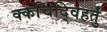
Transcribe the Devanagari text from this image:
क्कचिद्विहर्तुं